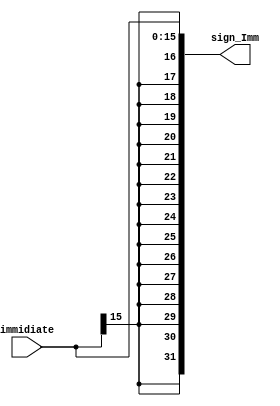
module Sign_Extention(
    immidiate,
    sign_Imm
    );

    input [15:0] immidiate;
    output reg [31:0] sign_Imm;

    always @(*) begin
        sign_Imm[31:0] <= { {16{immidiate[15]}}, immidiate[15:0]};
    end

endmodule